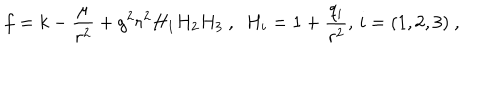
f = k - { \frac { \mu } { r ^ { 2 } } } + g ^ { 2 } r ^ { 2 } H _ { 1 } H _ { 2 } H _ { 3 } \ , \ \ H _ { i } = 1 + { \frac { q _ { i } } { r ^ { 2 } } } , \, i = ( 1 , 2 , 3 ) \ ,